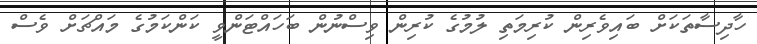
ހާދިސާތަކަށް ބައިވެރިން ކުރިމަތި ލުމުގެ ކުރިން ވިސްނުން ބަހައްޓަންވީ ކަންކަމުގެ މައްޗަށް ވެސް